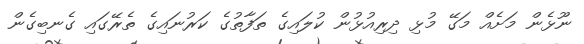
ނޫޅެން މަށެއް މަގޭ މުޅި ދިިރިއުޅުން ކުލައިގެ ތަފާތުގެ ކަރުނައިގެ ތެރޭގައި ގެނބިގެން